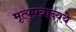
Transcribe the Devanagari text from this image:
मृत्युपत्रान्वये